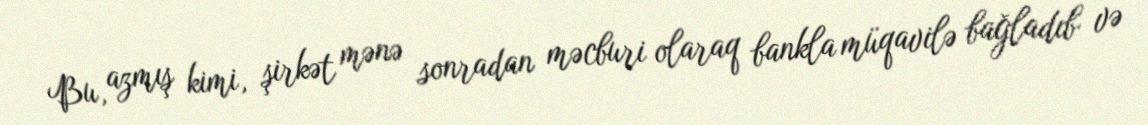
Bu, azmış kimi, şirkət mənə sonradan məcburi olaraq bankla müqavilə bağladıb və